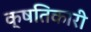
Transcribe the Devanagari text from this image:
क्षतिकारी